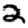
Digit: 2